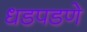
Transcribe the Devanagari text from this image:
धडपडणे